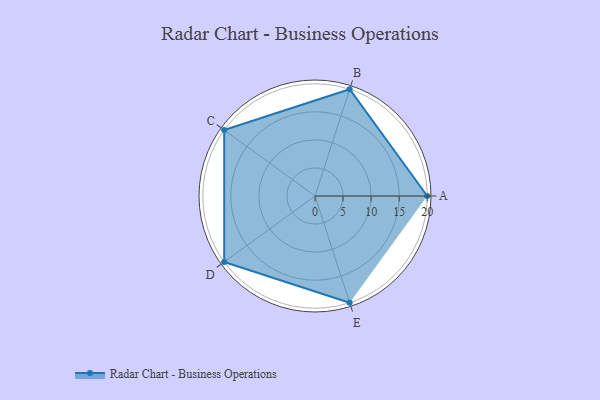
{"axis": {"x": "Skill", "y": "Score"}, "legend": ["Profile"], "data": [{"x": "A", "y": 20, "type": "Profile"}, {"x": "B", "y": 20, "type": "Profile"}, {"x": "C", "y": 20, "type": "Profile"}, {"x": "D", "y": 20, "type": "Profile"}, {"x": "E", "y": 20, "type": "Profile"}]}